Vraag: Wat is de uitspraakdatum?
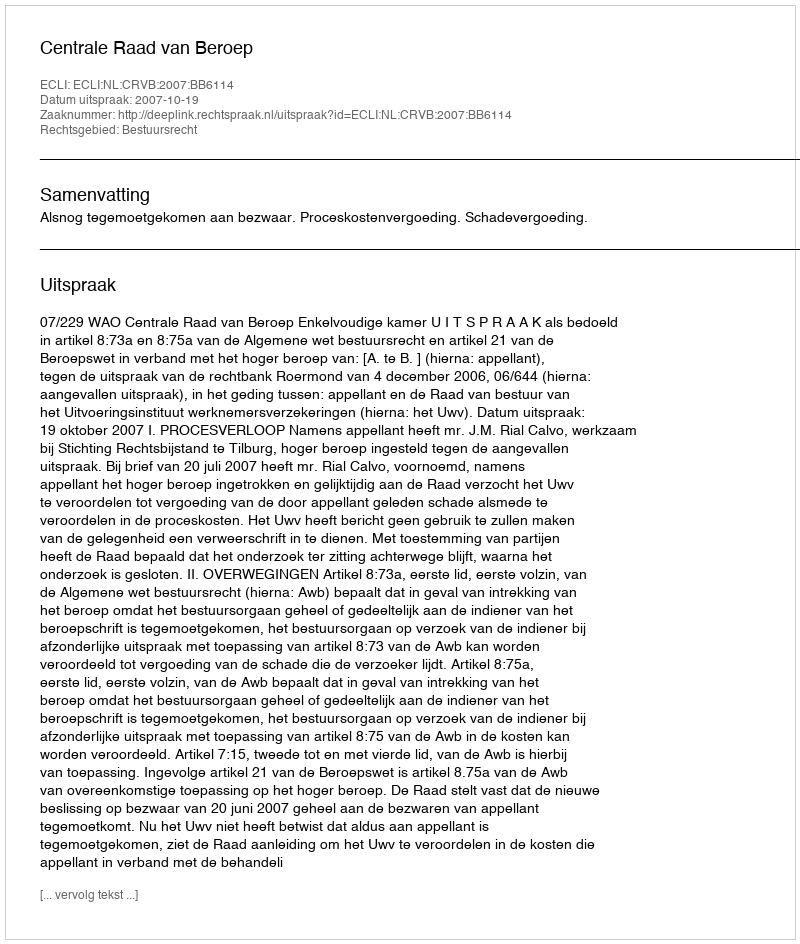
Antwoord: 2007-10-19